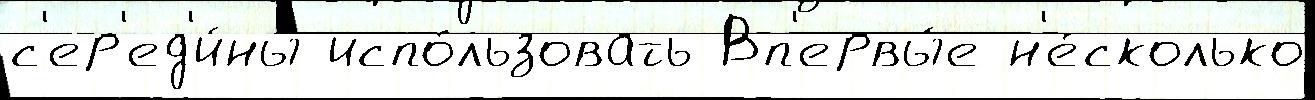
с'ер'ед'и́ны испо́льзовать Вп'ервы́е н'е́сколько